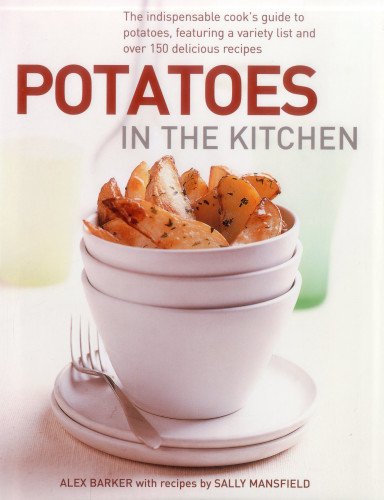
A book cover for Potatoes In the Kitchen: The Indispensable Cook's Guide to Potatoes, Featuring a Variety List and Over 150 Delicious Recipes; Alex Barker; Cookbooks, Food & Wine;